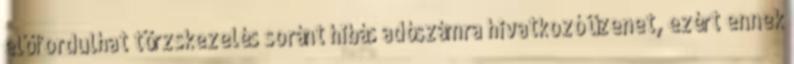
előfordulhat törzskezelés soránt hibás adószámra hivatkozó üzenet, ezért ennek